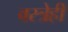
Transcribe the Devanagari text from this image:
वस्त्रेही